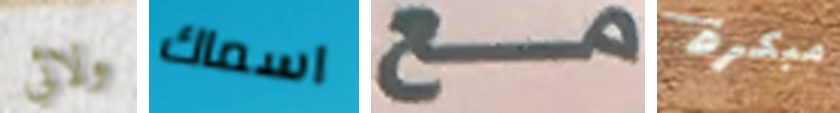
ولائي اسماك مع مبكرة